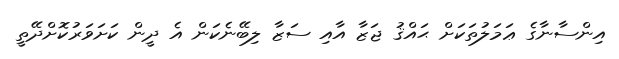
އިންސާނާގެ ޢަމަލުތަކަށް ޙައްޤު ޖަޒާ އާއި ސަޒާ ލިބޭނެކަން އެ ދީން ކަށަވަރުކޮށްދޭތީ